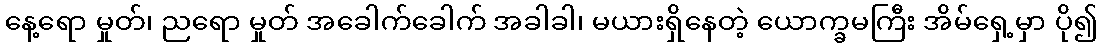
နေ့ရော မှုတ်၊ ညရော မှုတ် အခေါက်ခေါက် အခါခါ၊ မယားရှိနေတဲ့ ယောက္ခမကြီး အိမ်ရှေ့မှာ ပို၍